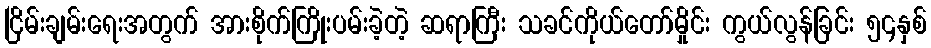
ငြိမ်းချမ်းရေးအတွက် အားစိုက်ကြိုးပမ်းခဲ့တဲ့ ဆရာကြီး သခင်ကိုယ်တော်မှိုင်း ကွယ်လွန်ခြင်း ၅၄နှစ်